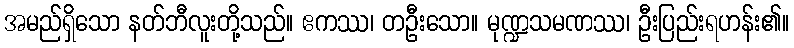
အမည်ရှိသော နတ်ဘီလူးတို့သည်။ ဧကဿ၊ တဦးသော။ မုဏ္ဍသမဏဿ၊ ဦးပြည်းရဟန်း၏။